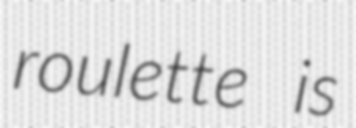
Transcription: roulette is